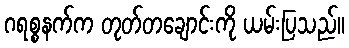
ဂရစ္စနက်က တုတ်တချောင်းကို ယမ်းပြသည်။